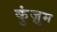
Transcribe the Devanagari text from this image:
कुंज़ुम